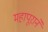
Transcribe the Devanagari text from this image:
महापूराने